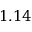
1 . 1 4